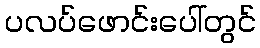
ပလပ်ဖောင်းပေါ်တွင်